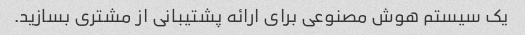
یک سیستم هوش مصنوعی برای ارائه پشتیبانی از مشتری بسازید.